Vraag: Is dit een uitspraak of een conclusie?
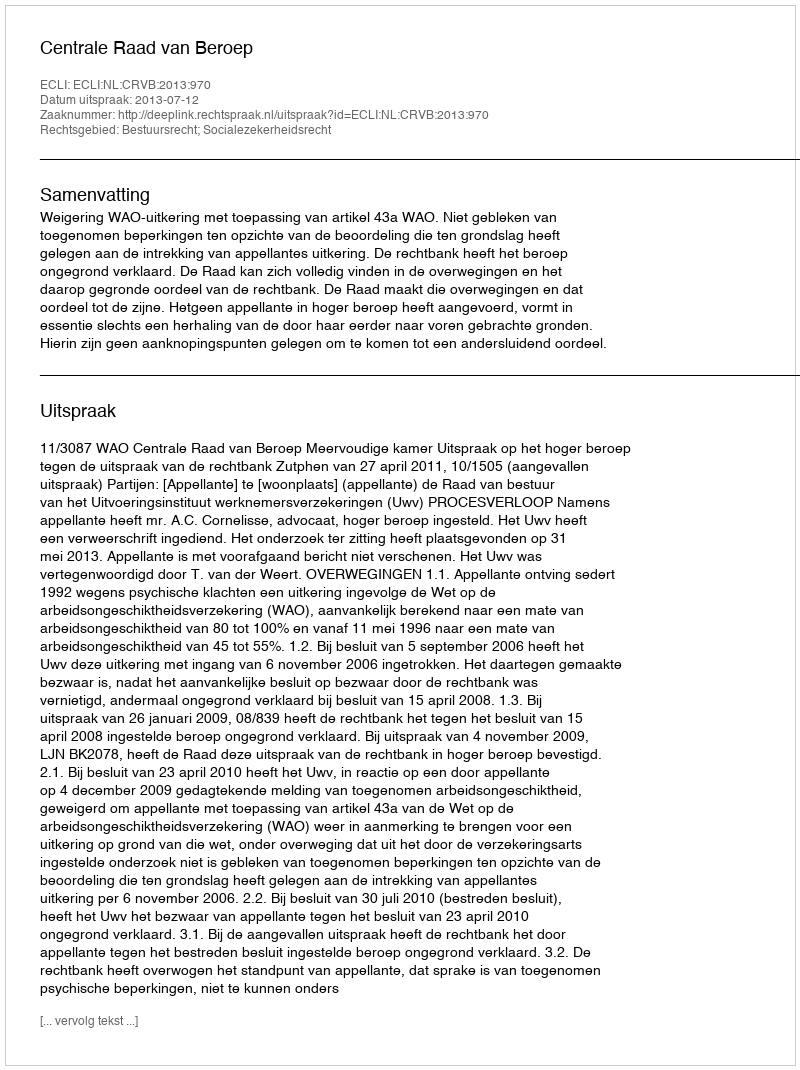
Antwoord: Uitspraak